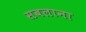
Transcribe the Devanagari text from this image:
सबलाना